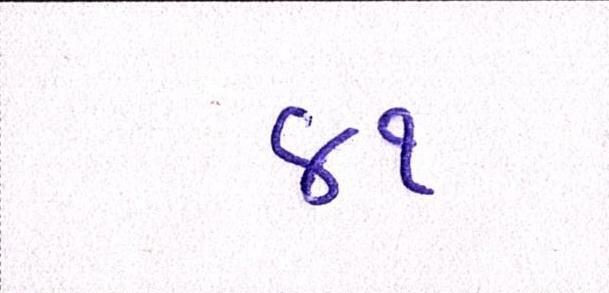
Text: ૪૧